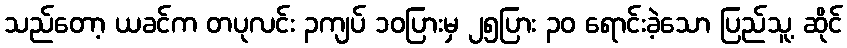
သည်တော့ ယခင်က တပုလင်း ၃ကျပ် ၁၀ပြားမှ ၂၅ပြား ၃၀ ရောင်းခဲ့သော ပြည်သူ့ ဆိုင်